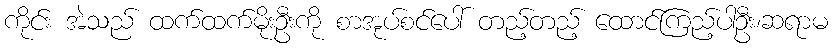
ကိုင်း အဲသည် ထက်ထက်မိုးဦးကို စာအုပ်စင်ပေါ် တည့်တည့် ထောင်ကြည့်ပါဦး၊ဆရာမ